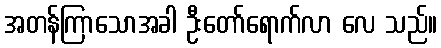
အတန်ကြာသောအခါ ဦးတော်ရောက်လာ လေ သည်။